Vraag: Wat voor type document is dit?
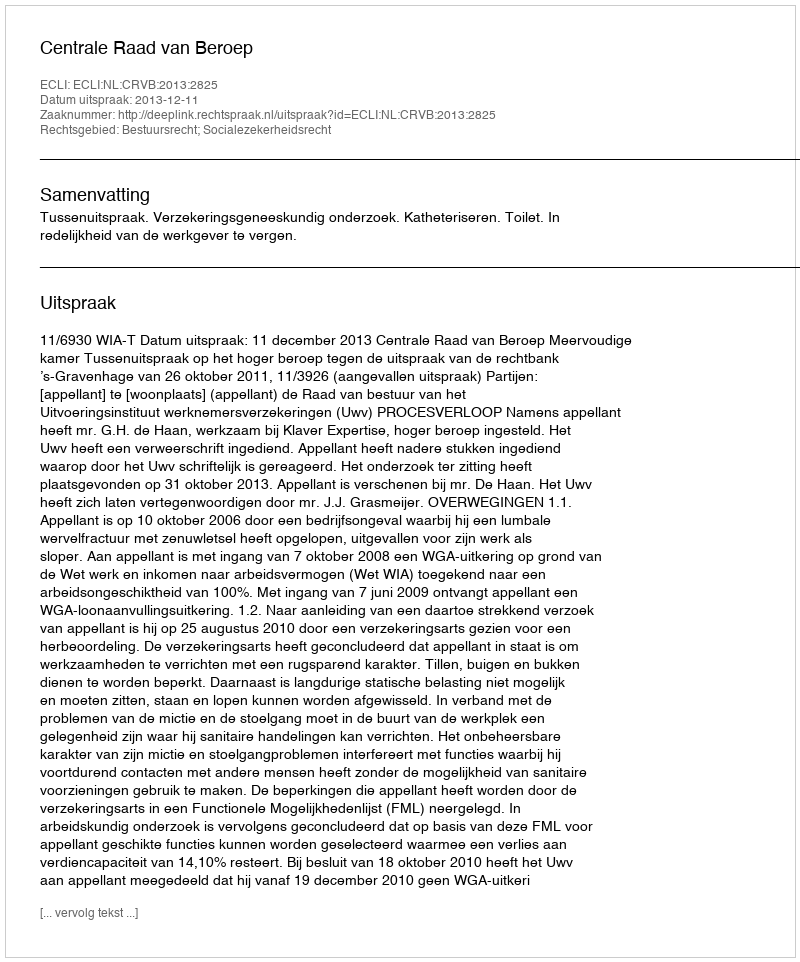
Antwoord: Uitspraak